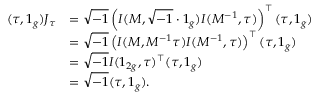
\begin{array} { r l } { ( \tau , 1 _ { g } ) J _ { \tau } } & { = \sqrt { - 1 } \left( I ( M , \sqrt { - 1 } \cdot 1 _ { g } ) I ( M ^ { - 1 } , \tau ) \right) ^ { \top } ( \tau , 1 _ { g } ) } \\ & { = \sqrt { - 1 } \left( I ( M , M ^ { - 1 } \tau ) I ( M ^ { - 1 } , \tau ) \right) ^ { \top } ( \tau , 1 _ { g } ) } \\ & { = \sqrt { - 1 } I ( 1 _ { 2 g } , \tau ) ^ { \top } ( \tau , 1 _ { g } ) } \\ & { = \sqrt { - 1 } ( \tau , 1 _ { g } ) . } \end{array}